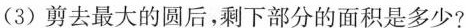
(3)剪去最大的圆后，剩下部分的面积是多少?